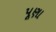
પૂણા